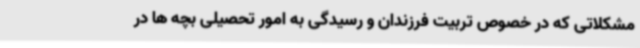
مشکلاتی که در خصوص تربیت فرزندان و رسیدگی به امور تحصیلی بچه ها در